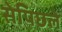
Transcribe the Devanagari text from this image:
सेपिछले